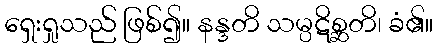
ရှေးရှုသည် ဖြစ်၍။ နန္ဒတိ သမ္ပဋိစ္ဆတိ၊ ခံ၏။